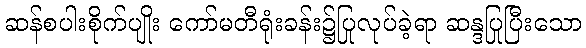
ဆန်စပါးစိုက်ပျိုး ကော်မတီရုံးခန်း၌ပြုလုပ်ခဲ့ရာ ဆန္ဒပြုပြီးသော